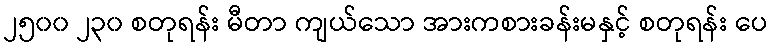
၂၅၀၀ ၂၃၀ စတုရန်း မီတာ ကျယ်သော အားကစားခန်းမနှင့် စတုရန်း ပေ